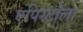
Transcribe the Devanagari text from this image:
एपिस्टोला